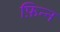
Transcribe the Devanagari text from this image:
फ़िन्न